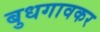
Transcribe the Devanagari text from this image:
बुधगावकर